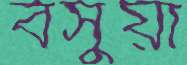
বসুয়া